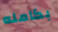
بكامله